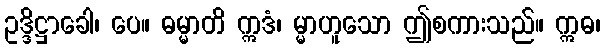
ဥဒ္ဒိဋ္ဌာခေါ၊ ပေ။ ဓမ္မာတိ ဣဒံ၊ မ္မာဟူသော ဤစကားသည်။ ဣဓ၊